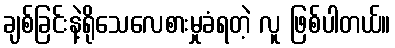
ချစ်ခြင်းနဲ့ရိုသေလေစားမှုခံရတဲ့ လူ ဖြစ်ပါတယ်။